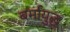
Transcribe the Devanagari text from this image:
बर्मायुद्ध